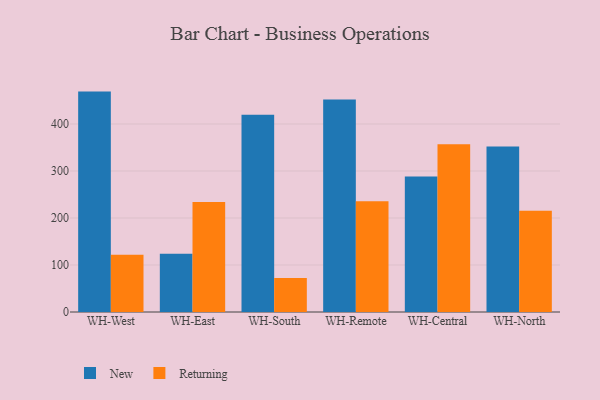
{"axis": {"x": "Warehouse", "y": "Budget (USD K)"}, "legend": ["New", "Returning"], "data": [{"x": "WH-West", "y": 468.9, "type": "New"}, {"x": "WH-West", "y": 121.8, "type": "Returning"}, {"x": "WH-East", "y": 124.1, "type": "New"}, {"x": "WH-East", "y": 234.1, "type": "Returning"}, {"x": "WH-South", "y": 419.4, "type": "New"}, {"x": "WH-South", "y": 72.4, "type": "Returning"}, {"x": "WH-Remote", "y": 452.1, "type": "New"}, {"x": "WH-Remote", "y": 235.4, "type": "Returning"}, {"x": "WH-Central", "y": 288.4, "type": "New"}, {"x": "WH-Central", "y": 356.8, "type": "Returning"}, {"x": "WH-North", "y": 352.1, "type": "New"}, {"x": "WH-North", "y": 215.3, "type": "Returning"}]}